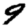
Digit: 9